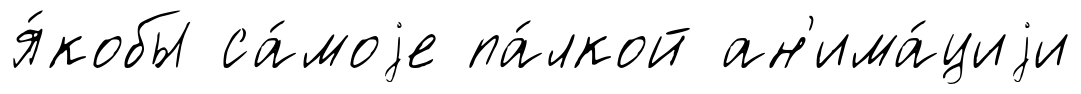
я́кобы са́моjе па́лкой ан'има́циjи